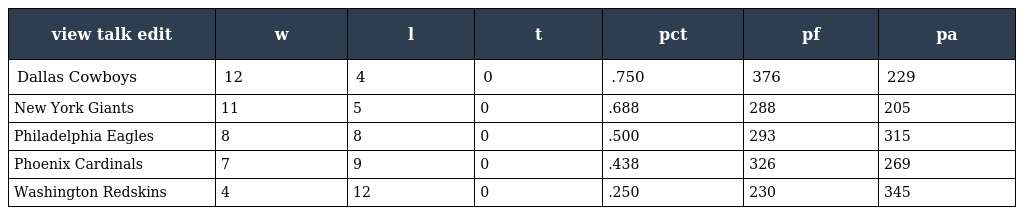
| view talk edit | w | l | t | pct | pf | pa |
 | --- | --- | --- | --- | --- | --- | --- |
 | Dallas Cowboys | 12 | 4 | 0 | .750 | 376 | 229 |
 | New York Giants | 11 | 5 | 0 | .688 | 288 | 205 |
 | Philadelphia Eagles | 8 | 8 | 0 | .500 | 293 | 315 |
 | Phoenix Cardinals | 7 | 9 | 0 | .438 | 326 | 269 |
 | Washington Redskins | 4 | 12 | 0 | .250 | 230 | 345 |